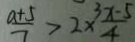
\frac { a + 5 } { 7 } > 2 \times \frac { 3 x - 5 } { 4 }